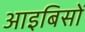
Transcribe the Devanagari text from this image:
आइबिसों